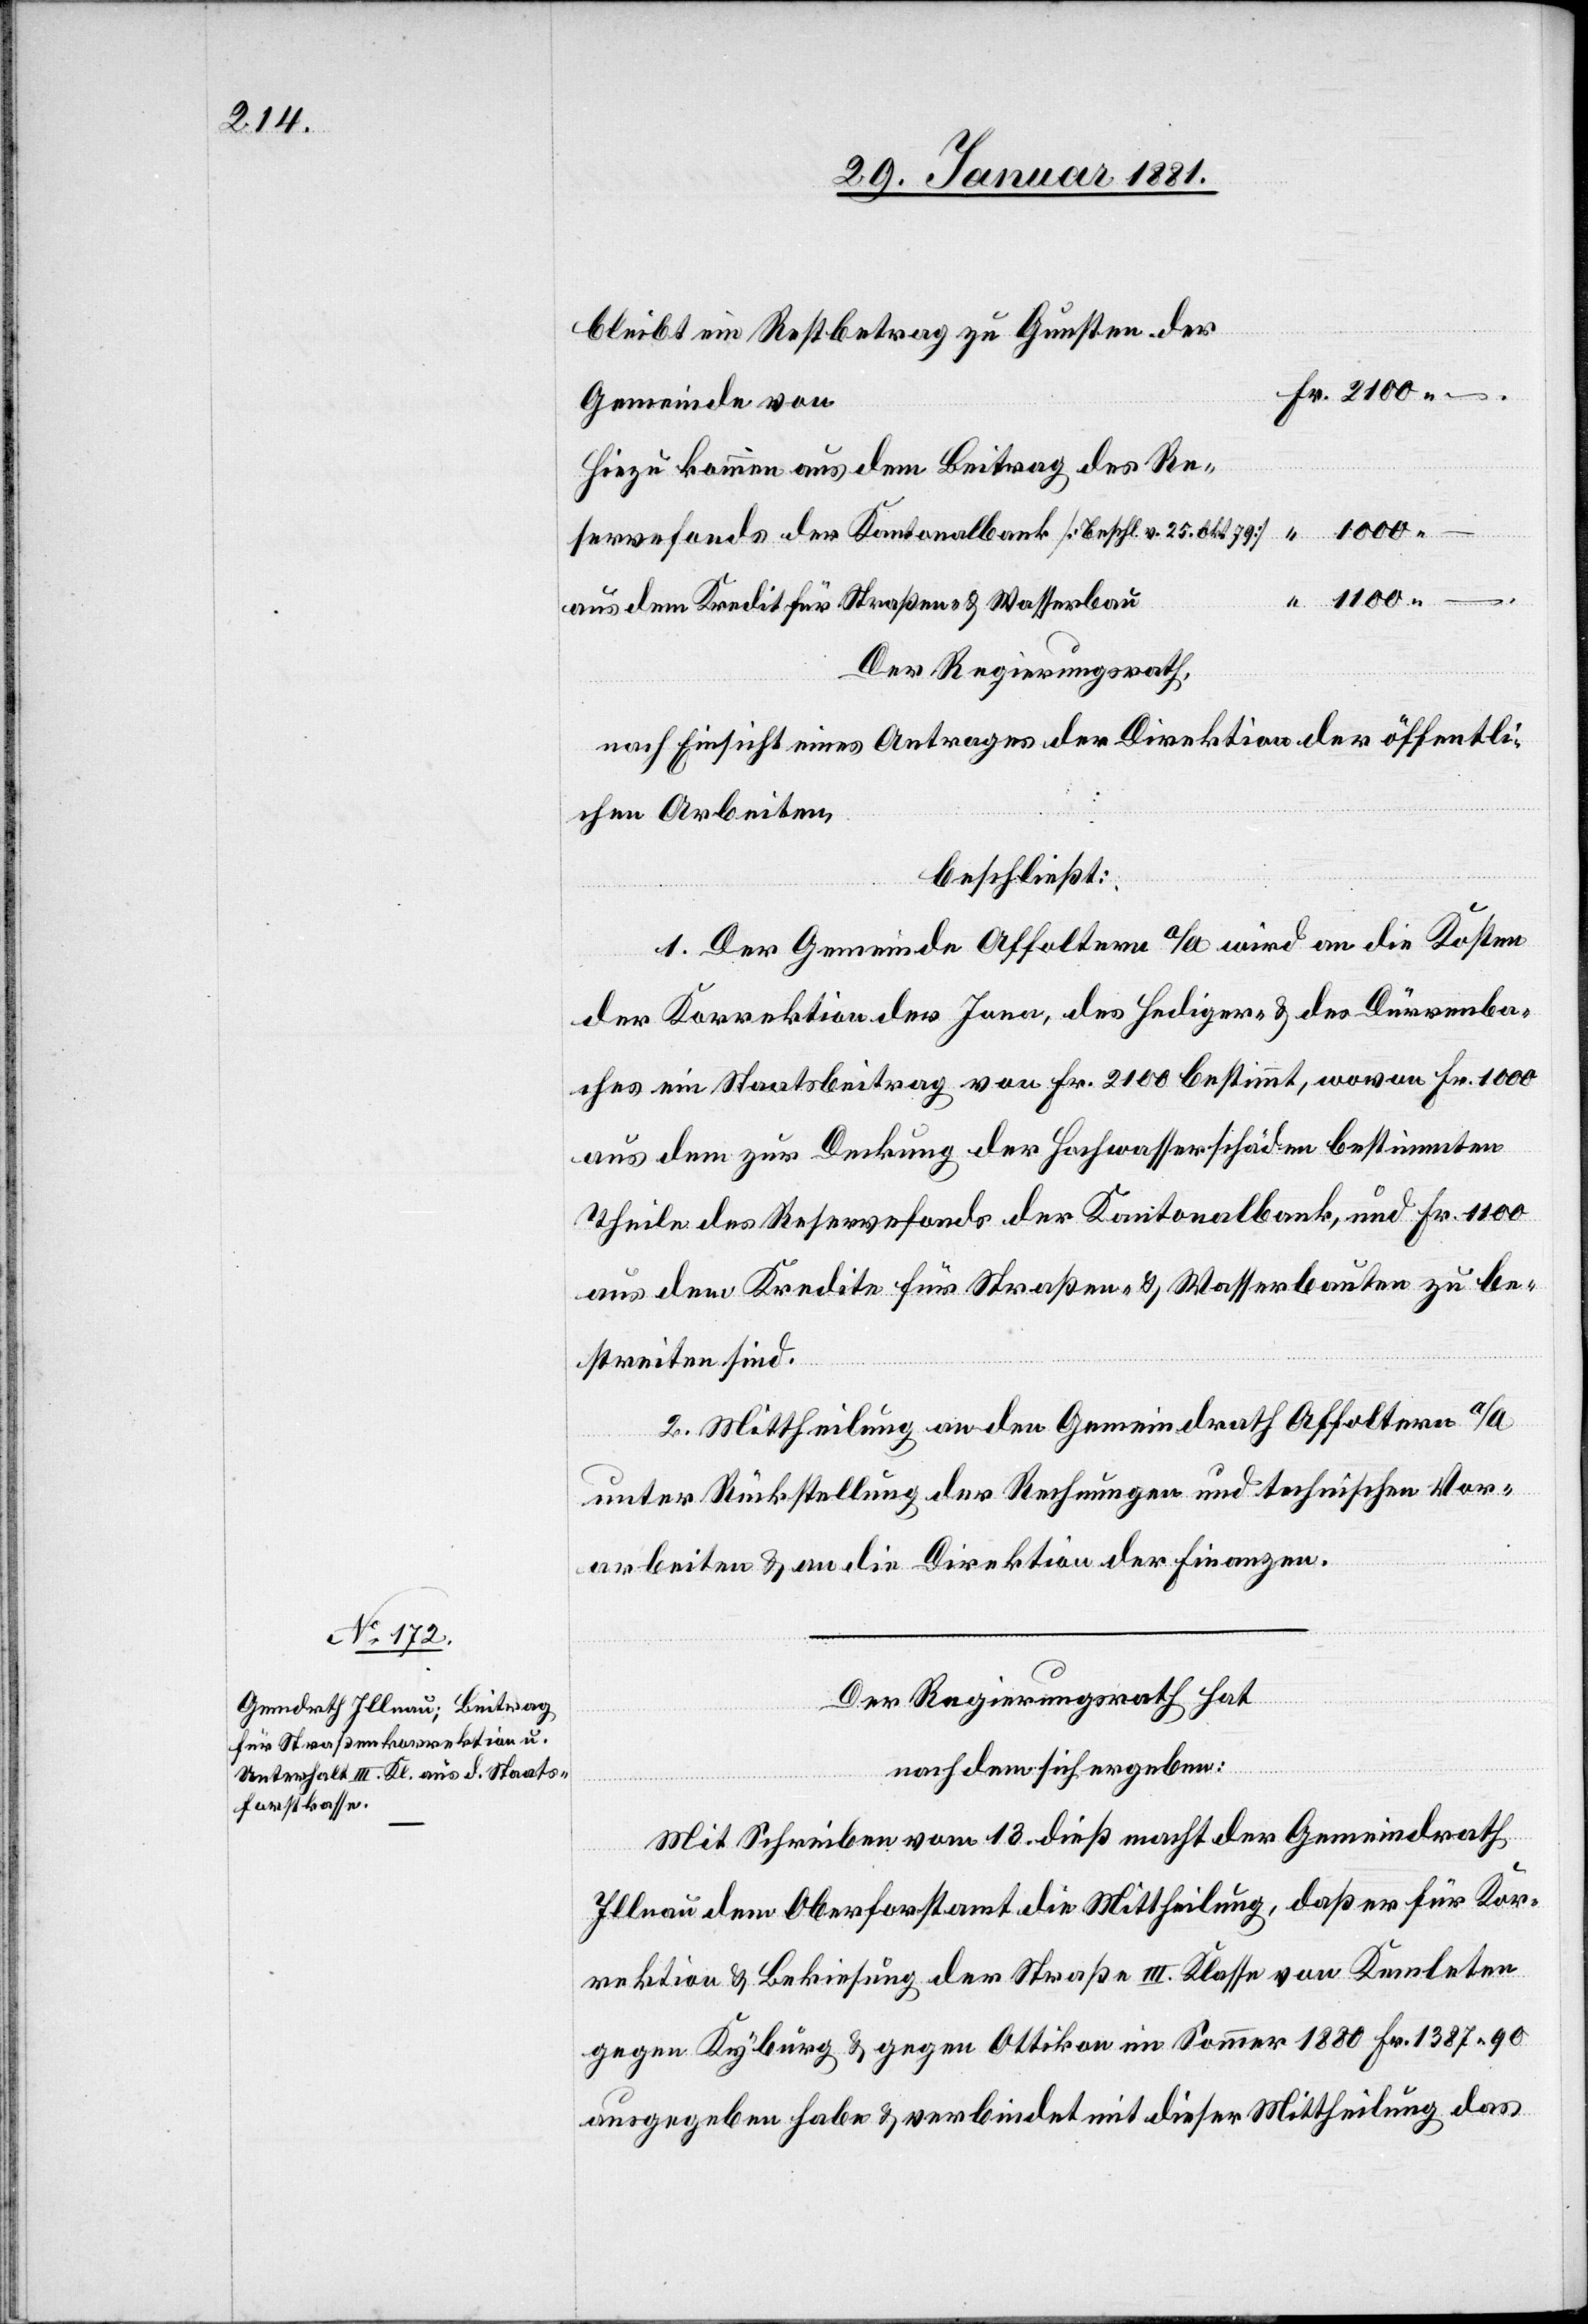
bleibt ein Restbetrag zu Gunsten der
Gemeinde von
Hiezu kommen aus dem Beitrag des Re¬
servefonds der Kantonalbank [Beschl. v. 25. Okt. 79]
aus dem Kredit für Straßen & Wasserbau
Der Regierungsrath,
nach Einsicht eines Antrages der Direktion der öffentli¬
chen Arbeiten,
beschließt:
1. Der Gemeinde Affoltern a/A. wird an die Kosten
der Korrektion der Jona, des Hedinger- & des Dürrenba¬
ches ein Staatsbeitrag von Fr. 2100 bestimmt, wovon Fr. 1000
aus dem zur Deckung der Hochwasserschäden bestimmten
Theile des Reservefonds der Kantonalbank, und Fr. 1100
aus dem Kredite für Straßen- & Wasserbauten zu be¬
streiten sind.
2. Mittheilung an den Gemeindrath Affoltern a/A
unter Rückstellung der Rechnungen und technischen Vor¬
arbeiten & an die Direktion der Finanzen.
Der Regierungsrath hat,
Ko¬
nach dem sich ergeben:
Mit Schreiben vom 13. dieß macht der Gemeindrath
Illnau dem Oberforstamt die Mittheilung, daß er für die
rrektion & Bekiesung der Straße III. Klasse von Kemleten
gegen Kyburg & gegen Ottikon im Sommer 1880 Fr. 1387 90
ausgegeben habe & verbindet mit dieser Mittheilung das